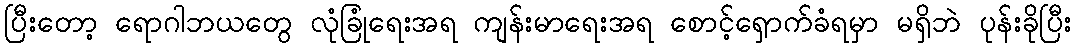
ပြီးတော့ ရောဂါဘယတွေ လုံခြုံရေးအရ ကျန်းမာရေးအရ စောင့်ရှောက်ခံရမှာ မရှိဘဲ ပုန်းခိုပြီး